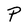
Character: P